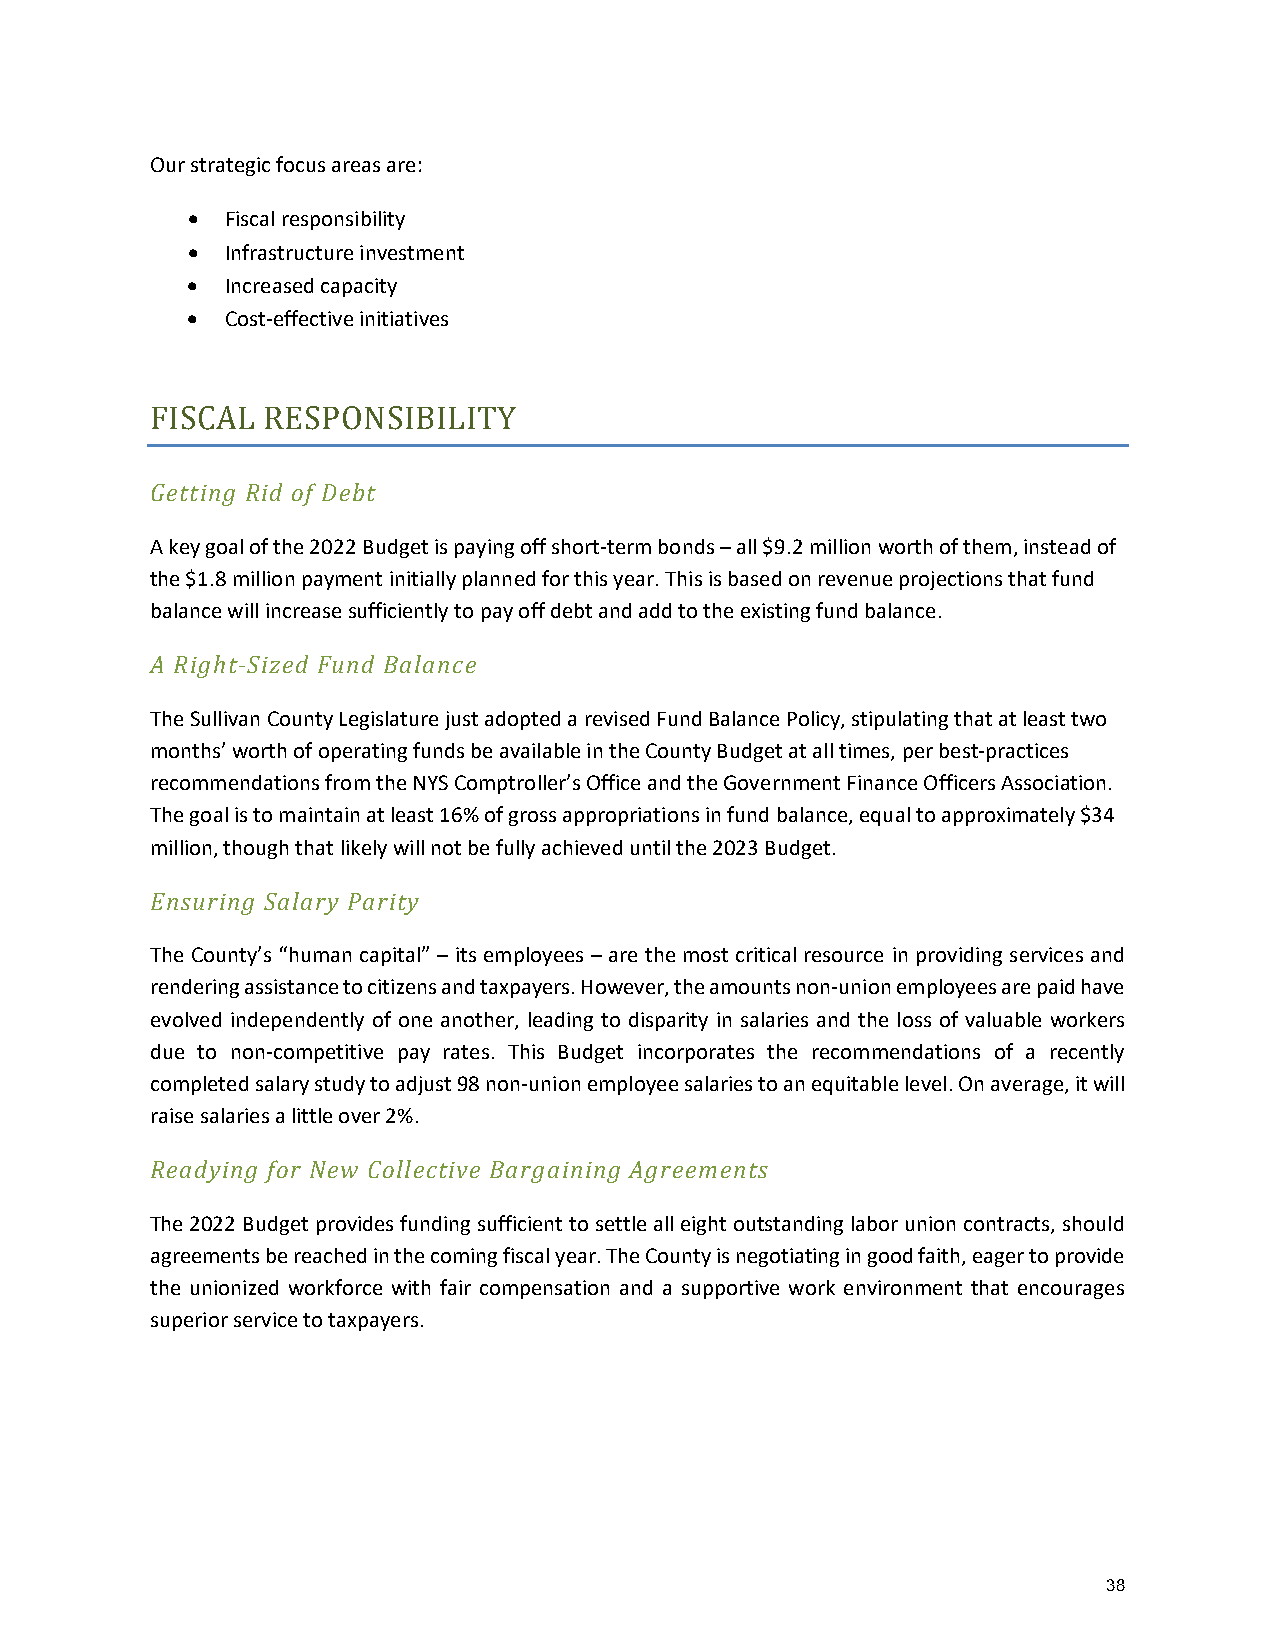
Our strategic focus areas are:
 •  Fiscal responsibility
 •  Infrastructure investment
 •  Increased capacity
 •  Cost-effective initiatives
 FGeItStCinAgL R iRd EoSf DPeObNt SIBILITY
 A key goal of the 2022 Budget is paying off short-term bonds – all $9.2 million worth of them, instead of
 the $1.8 million payment initially planned for this year. This is based on revenue projections that fund
 balance will increase sufficiently to pay off debt and add to the existing fund balance.
 A Right-Sized Fund Balance
 The Sullivan County Legislature just adopted a revised Fund Balance Policy, stipulating that at least two
 months’ worth of operating funds be available in the County Budget at all times, per best-practices
 recommendations from the NYS Comptroller’s Office and the Government Finance Officers Association.
 The goal is to maintain at least 16% of gross appropriations in fund balance, equal to approximately $34
 million, though that likely will not be fully achieved until the 2023 Budget.
 Ensuring Salary Parity
 The County’s “human capital” – its employees – are the most critical resource in providing services and
 rendering assistance to citizens and taxpayers. However, the amounts non-union employees are paid have
 evolved independently of one another, leading to disparity in salaries and the loss of valuable workers
 due to non-competitive pay rates. This Budget incorporates the recommendations of a recently
 completed salary study to adjust 98 non-union employee salaries to an equitable level. On average, it will
 raise salaries a little over 2%.
 Readying for New Collective Bargaining Agreements
 The 2022 Budget provides funding sufficient to settle all eight outstanding labor union contracts, should
 agreements be reached in the coming fiscal year. The County is negotiating in good faith, eager to provide
 the unionized workforce with fair compensation and a supportive work environment that encourages
 superior service to taxpayers.
 38